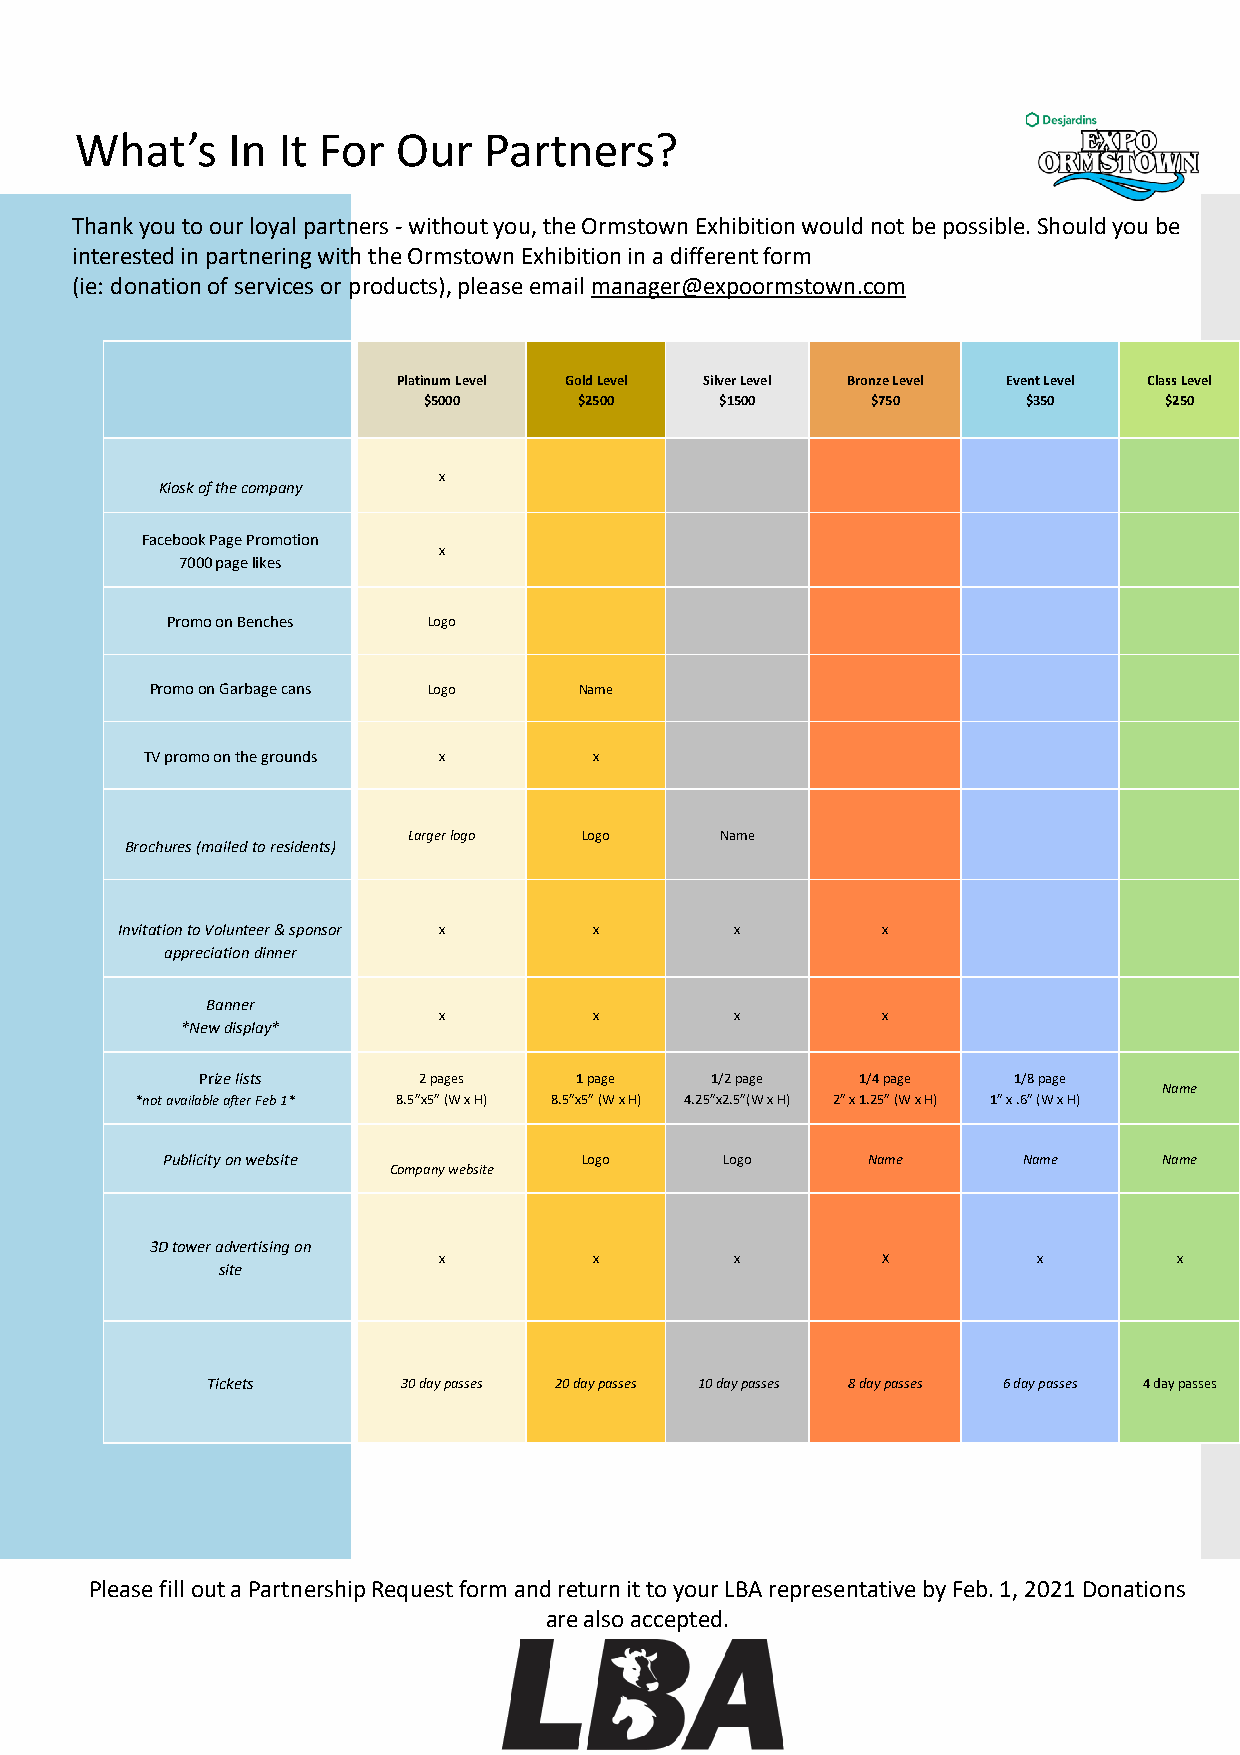
What’s    In It For  Our   Partners?
 Thank you to our loyal partners -without you, the Ormstown Exhibition would not be possible. Should you be
 interested in partnering with the Ormstown Exhibition in a different form
 (ie: donation of services or products), please email manager@expoormstown.com
 Platinum Level Gold Level Silver Level Bronze Level Event Level Class Level
 $5000     $2500     $1500     $750      $350     $250
 x
 Kiosk of the company
 Facebook Page Promotion
 x
 7000 page likes
 Promo on Benches Logo
 Promo on Garbage cans Logo  Name
 TV promo on the grounds x    x
 Larger logo Logo     Name
 Brochures (mailed to residents)
 Invitation to Volunteer & sponsor x x    x        x
 appreciation dinner
 Banner
 x         x         x        x
 *New display*
 Prize lists    2 pages   1 page   1/2 page  1/4 page  1/8 page
 Name
 *not available after Feb 1* 8.5”x5” (W x H) 8.5”x5” (W x H) 4.25”x2.5”(W x H) 2” x 1.25” (W x H) 1” x .6” (W x H)
 Publicity on website        Logo     Logo     Name       Name     Name
 Company website
 3D tower advertising on
 x         x         x        X          x        x
 site
 Tickets      30 day passes 20 day passes 10 day passes 8 day passes 6 day passes 4 day passes
 Please fill out a Partnership Request form and return it to your LBA representative by Feb. 1, 2021 Donations
 are also accepted.